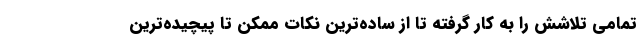
تمامی تلاشش را به کار گرفته تا از ساده‌ترین نکات ممکن تا پیچیده‌ترین